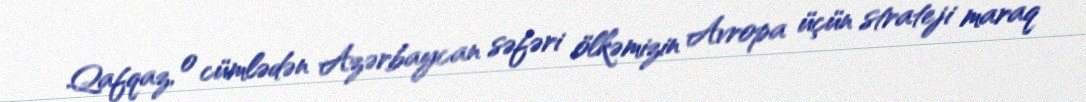
Qafqaz, o cümlədən Azərbaycan səfəri ölkəmizin Avropa üçün strateji maraq